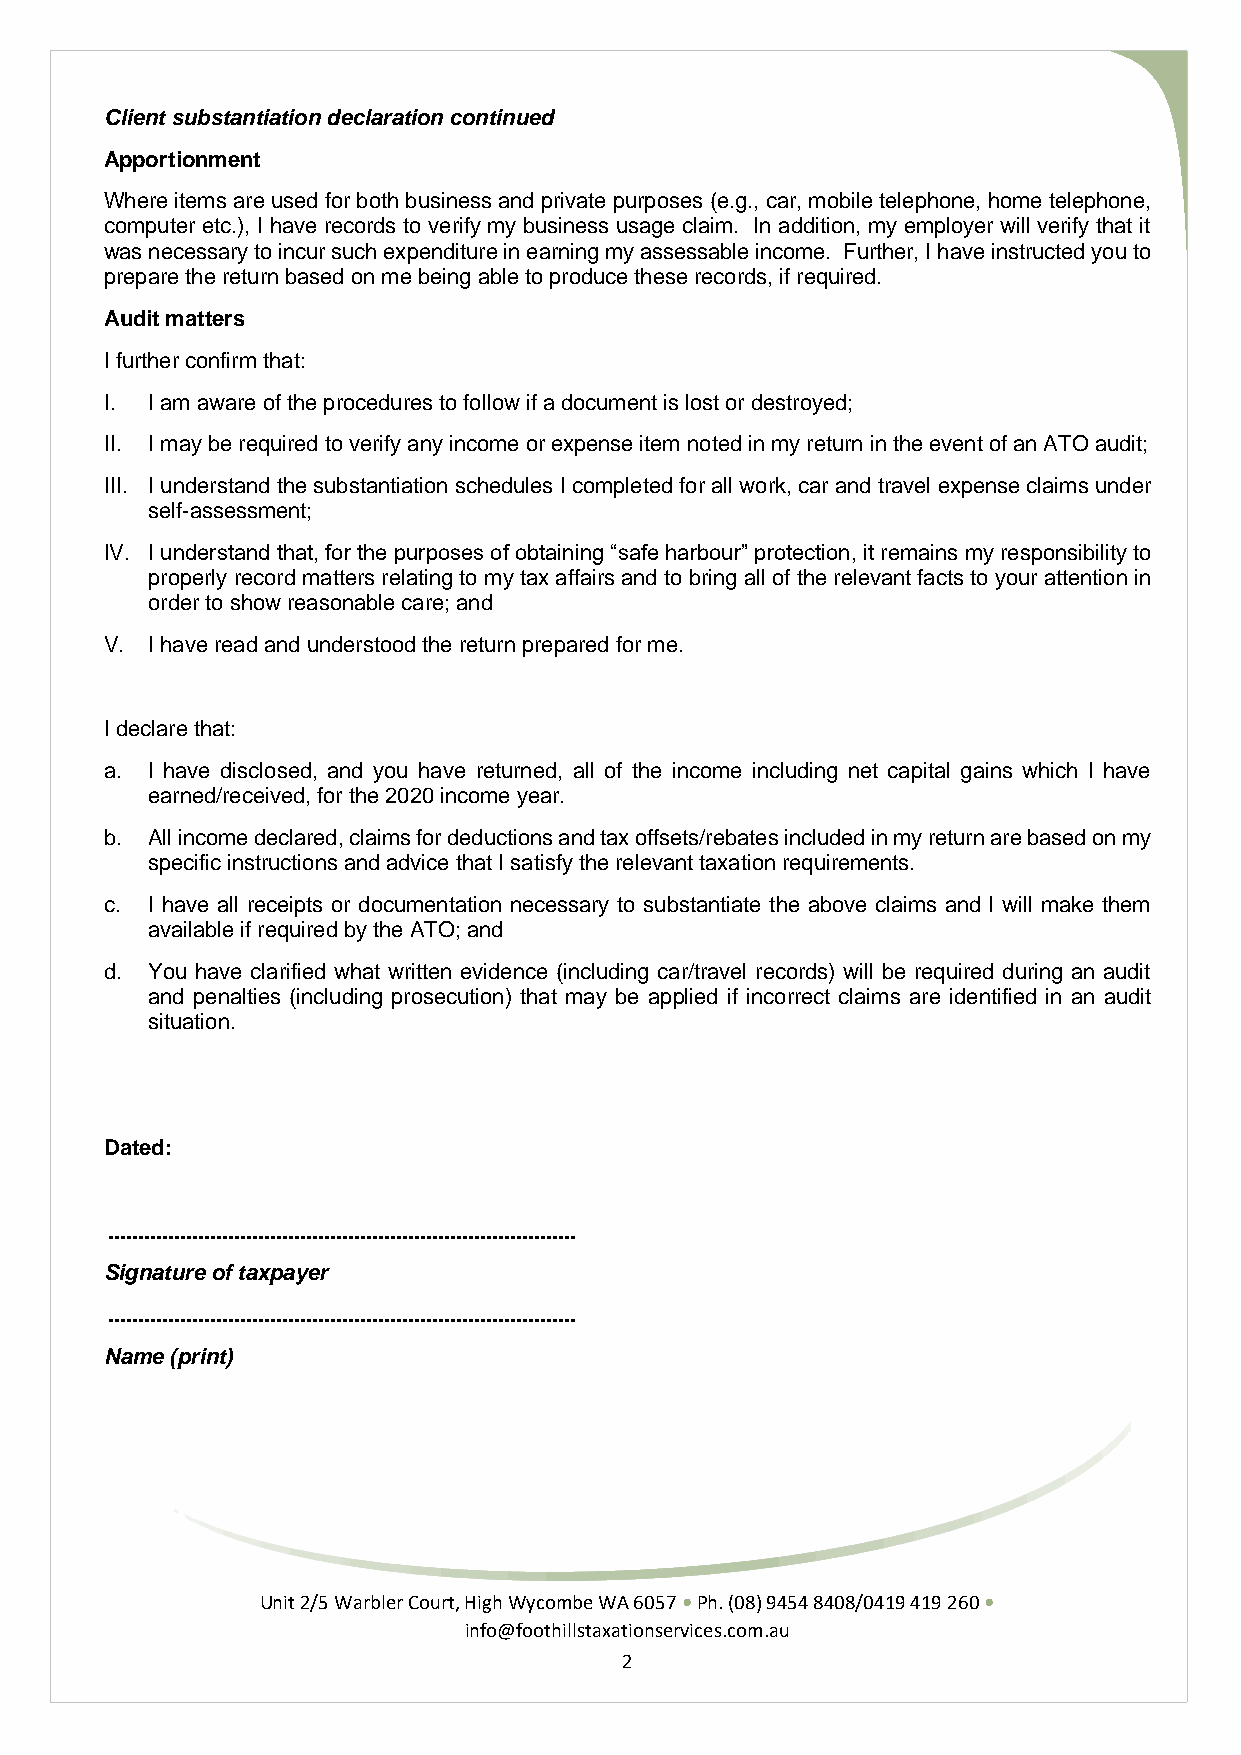
Client substantiation declaration continued
 Apportionment
 Where items are used for both business and private purposes (e.g., car, mobile telephone, home telephone,
 computer etc.), I have records to verify my business usage claim. In addition, my employer will verify that it
 was necessary to incur such expenditure in earning my assessable income. Further, I have instructed you to
 prepare the return based on me being able to produce these records, if required.
 Audit matters
 I further confirm that:
 I. I am aware of the procedures to follow if a document is lost or destroyed;
 II. I may be required to verify any income or expense item noted in my return in the event of an ATO audit;
 III. I understand the substantiation schedules I completed for all work, car and travel expense claims under
 self-assessment;
 IV. I understand that, for the purposes of obtaining “safe harbour” protection, it remains my responsibility to
 properly record matters relating to my tax affairs and to bring all of the relevant facts to your attention in
 order to show reasonable care; and
 V. I have read and understood the return prepared for me.
 I declare that:
 a. I have disclosed, and you have returned, all of the income including net capital gains which I have
 earned/received, for the 2020 income year.
 b. All income declared, claims for deductions and tax offsets/rebates included in my return are based on my
 specific instructions and advice that I satisfy the relevant taxation requirements.
 c. I have all receipts or documentation necessary to substantiate the above claims and I will make them
 available if required by the ATO; and
 d. You have clarified what written evidence (including car/travel records) will be required during an audit
 and penalties (including prosecution) that may be applied if incorrect claims are identified in an audit
 situation.
 Dated:
 ..............................................................................
 Signature of taxpayer
 ..............................................................................
 Name (print)
 Unit 2/5 Warbler Court, High Wycombe WA 6057 • Ph. (08) 9454 8408/0419 419 260 •
 info@foothillstaxationservices.com.au
 2